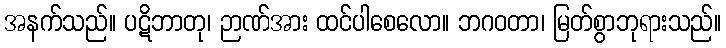
အနက်သည်။ ပဋိဘာတု၊ ဉာဏ်အား ထင်ပါစေလော။ ဘဂဝတာ၊ မြတ်စွာဘုရားသည်။